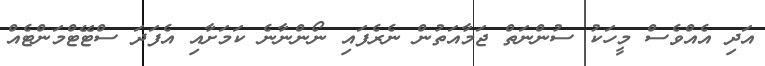
އަދި އެއްވެސް މީހަކު ސުންނަތް ޖަމާއަތުން ނެރެފައި ނޯންނާނެ ކަމަށާއި އެފަދަ ސްޓޭޓްމަންޓެއް